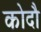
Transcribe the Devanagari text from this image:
कोदौ